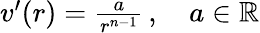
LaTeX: \begin{array}{r}{v^{\prime}(r)=\frac{a}{r^{n-1}}\, ,\quad a\in\mathbb{R}}\end{array}